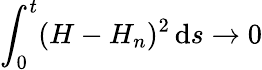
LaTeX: \int_{0}^{t}(H-H_{n})^{2}\, \mathrm{d}s\to0